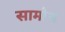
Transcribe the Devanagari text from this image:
सामोअ